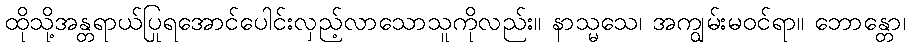
ထိုသို့အန္တရာယ်ပြုရအောင်ပေါင်းလှည့်လာသောသူကိုလည်း။ နာသ္မသေ၊ အကျွမ်းမဝင်ရာ။ ဘောန္တော၊